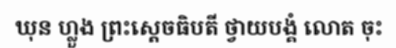
ឃុន ហ្លួង ព្រះស្តេចធិបតី ថ្វាយបង្គំ លោត ចុះ